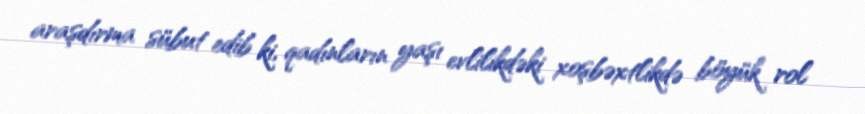
araşdırma sübut edib ki, qadınların yaşı evlilikdəki xoşbəxtlikdə böyük rol